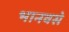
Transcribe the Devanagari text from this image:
भानवसे